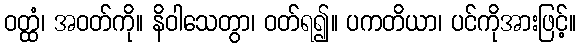
ဝတ္ထံ၊ အဝတ်ကို။ နိဝါသေတွာ၊ ဝတ်ရ၍။ ပကတိယာ၊ ပင်ကိုအားဖြင့်။